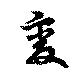
變